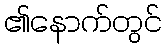
၏နောက်တွင်